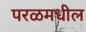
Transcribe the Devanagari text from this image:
परळमधील